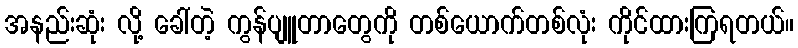
အနည်းဆုံး လို့ ခေါ်တဲ့ ကွန်ပျူတာတွေကို တစ်ယောက်တစ်လုံး ကိုင်ထားကြရတယ်။